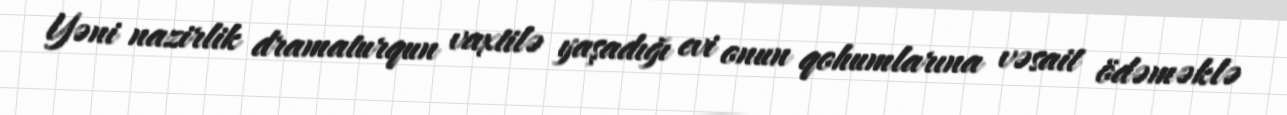
Yəni nazirlik dramaturqun vaxtilə yaşadığı evi onun qohumlarına vəsait ödəməklə